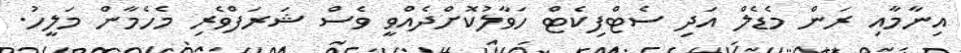
އިނާމާއި ރަން މެޑެލް އަދި ސެޓްފިކެޓް ހަވާލުކޮށްދެއްވީ ވެސް ޝަރަފްވެރި މެހެމާން މަލީހު.